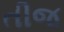
તીજ